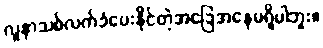
လူနာသစ်လက်ခံပေးနိုင်တဲ့အခြေအနေမရှိပါဘူး။